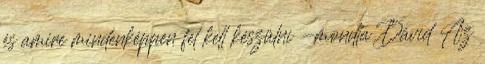
és amire mindenképpen fel kell készülni -mondta Dávid Az